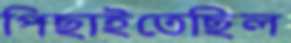
পিছাইতেছিল